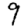
Digit: 9